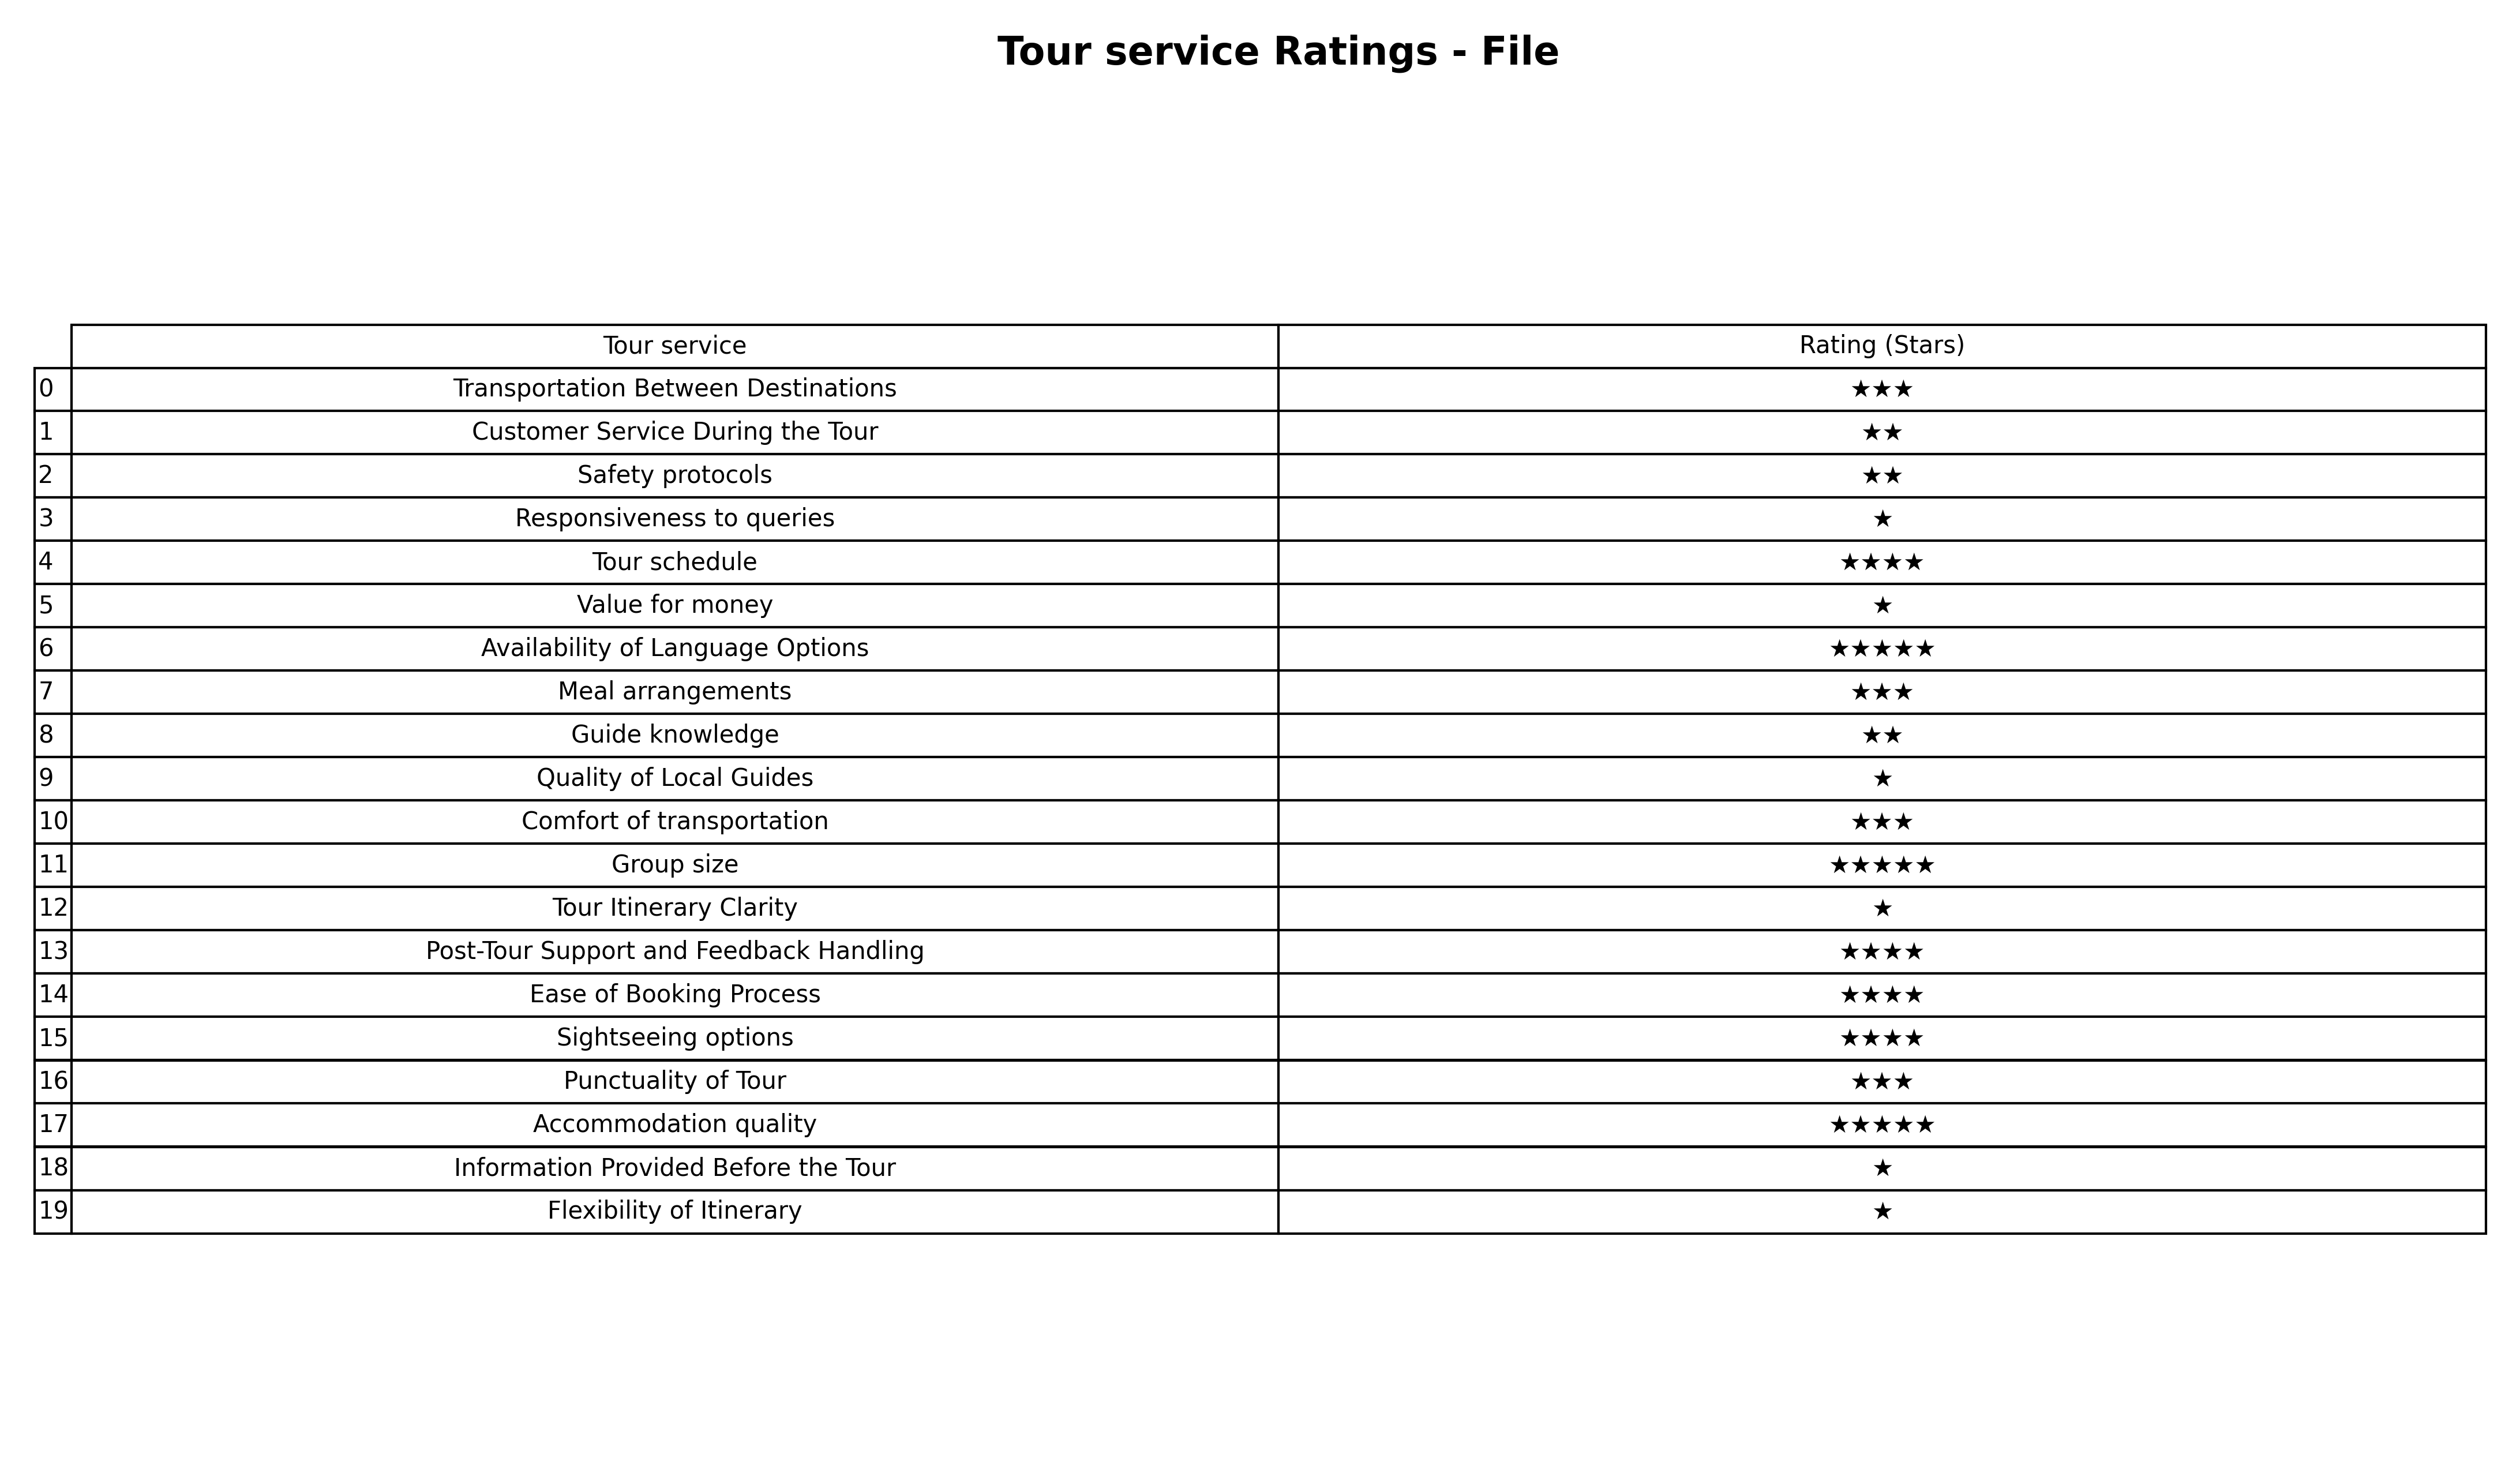
question: What is the rating of Customer Service During the Tour?
answer: ★★